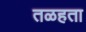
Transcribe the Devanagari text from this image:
तळहता